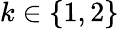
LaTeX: k\in\{ 1,2\}